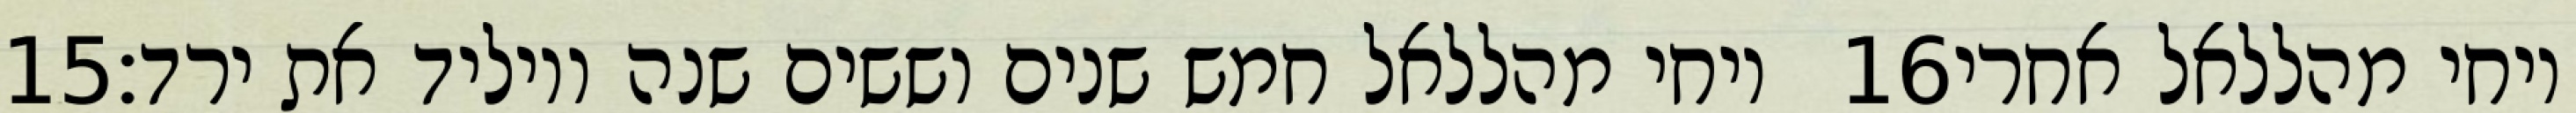
‎15‏ ויחי מהללאל חמש שנים וששים שנה ויוליד את ירד׃ ‎16‏ ויחי מהללאל אחרי